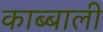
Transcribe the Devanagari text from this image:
काब्बाली